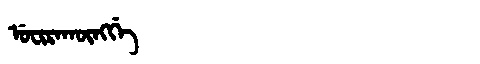
Manchu: ᡠᠸᡳᡵᠠᡴᡡᠩᡤᡝ
Romanization: UFIRAKŪNGGE